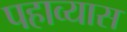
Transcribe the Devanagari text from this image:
पहाव्यास